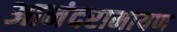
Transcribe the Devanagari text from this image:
आनंदरामायण